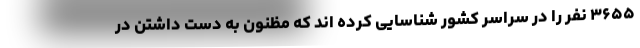
۳۶۵۵ نفر را در سراسر کشور شناسایی کرده اند که مظنون به دست داشتن در